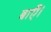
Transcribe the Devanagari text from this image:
बाएँ।